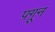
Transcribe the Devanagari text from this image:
पगून